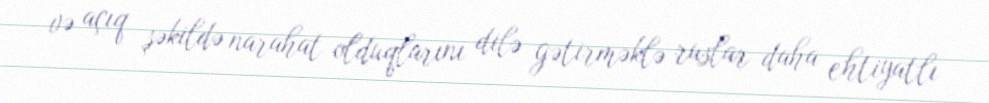
və açıq şəkildə narahat olduqlarını dilə gətirməklə ruslar daha ehtiyatlı